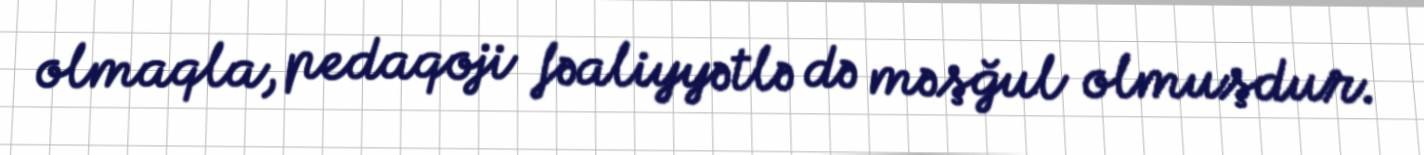
olmaqla, pedaqoji fəaliyyətlə də məşğul olmuşdur.